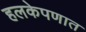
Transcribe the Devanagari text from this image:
हलकेपणात